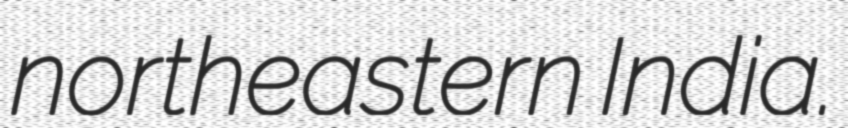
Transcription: northeastern India.